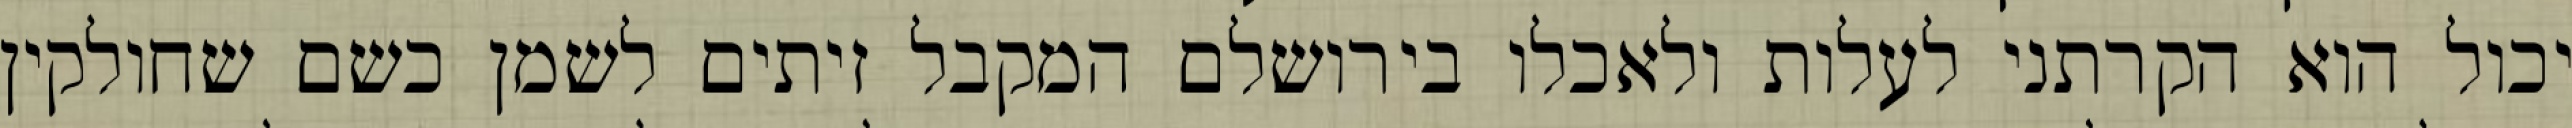
יכול הוא הקרתני לעלות ולאכלו בירושלם המקבל זיתים לשמן כשם שחולקין